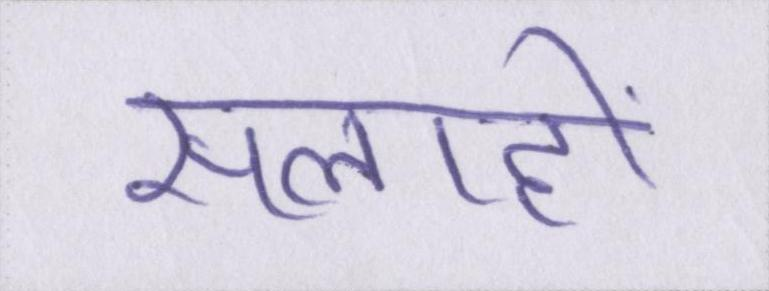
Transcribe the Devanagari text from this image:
सलाहों